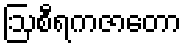
ဩစီရကဇာတော